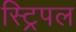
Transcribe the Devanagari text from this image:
स्ट्रिपल